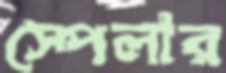
স্পেলার